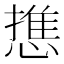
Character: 𭞓